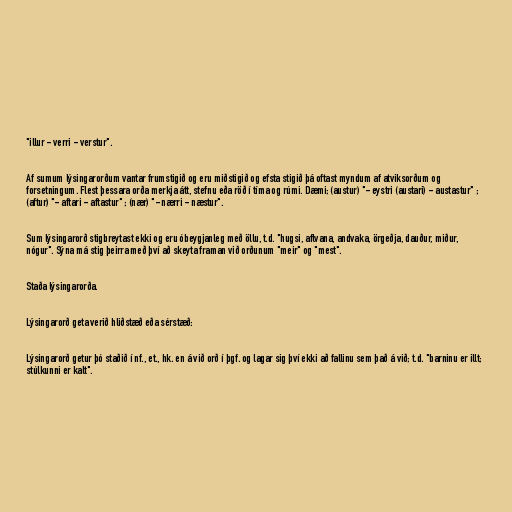
"illur - verri - verstur".

Af sumum lýsingarorðum vantar frumstigið og eru miðstigið og efsta stigið þá oftast myndum af atviksorðum og
forsetningum. Flest þessara orða merkja átt, stefnu eða röð í tíma og rúmi. Dæmi; (austur) "- eystri (austari) - austastur" ;
(aftur) "- aftari - aftastur" ; (nær) "- nærri - næstur".

Sum lýsingarorð stigbreytast ekki og eru óbeygjanleg með öllu, t.d. "hugsi, aflvana, andvaka, örgeðja, dauður, miður,
nógur". Sýna má stig þeirra með því að skeyta framan við orðunum "meir" og "mest".

Staða lýsingarorða.

Lýsingarorð geta verið hliðstæð eða sérstæð:

Lýsingarorð getur þó staðið í nf., et., hk. en á við orð í þgf. og lagar sig því ekki að fallinu sem það á við; t.d. "barninu er illt;
stúlkunni er kalt".